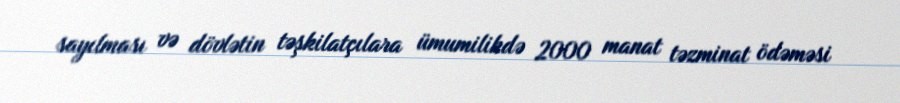
sayılması və dövlətin təşkilatçılara ümumilikdə 2000 manat təzminat ödəməsi